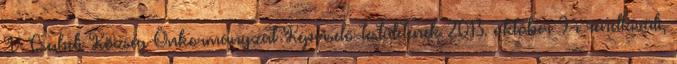
V Csabdi Község Önkormányzat Képviselő-testületének 2013. október 9-i rendkívüli,